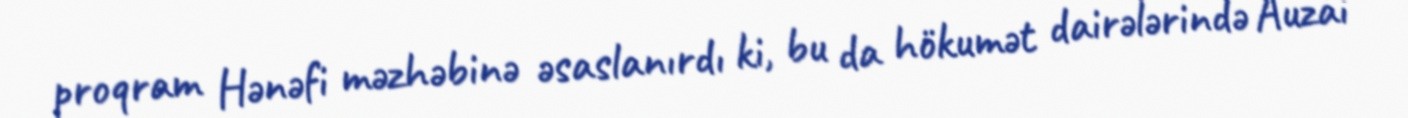
proqram Hənəfi məzhəbinə əsaslanırdı ki, bu da hökumət dairələrində Auzai